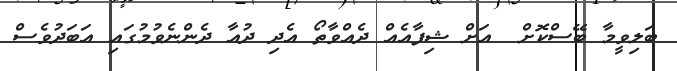
ބަލިވީމާ ބޭސްކޮށް  އަށް ޝިފާއެއް ދެއްވާތޯ އެދި ދުއާ ދެންނެވުމުގައި އަބަދުވެސް